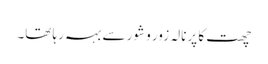
چھت کا پرنالہ زور و شور سے بہہ رہا تھا۔